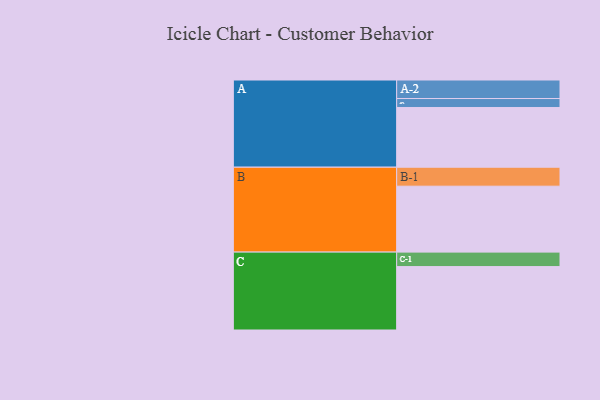
{"axis": {"x": "Segment", "y": "Value"}, "legend": ["", "A", "B", "C"], "data": [{"x": "A", "y": 519, "type": ""}, {"x": "B", "y": 573, "type": ""}, {"x": "C", "y": 551, "type": ""}, {"x": "A-1", "y": 78, "type": "A"}, {"x": "A-2", "y": 161, "type": "A"}, {"x": "B-1", "y": 165, "type": "B"}, {"x": "C-1", "y": 126, "type": "C"}]}